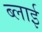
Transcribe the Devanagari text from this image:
ब्लाई